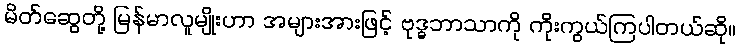
မိတ်ဆွေတို့ မြန်မာလူမျိုးဟာ အများအားဖြင့် ဗုဒ္ဓဘာသာကို ကိုးကွယ်ကြပါတယ်ဆို။